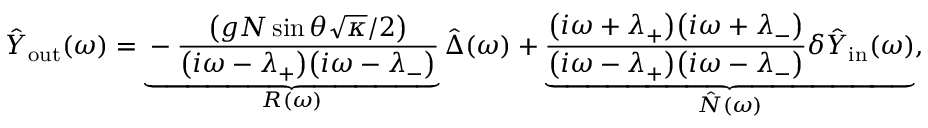
\hat { Y } _ { \mathrm { o u t } } ( \omega ) = \underbrace { - \frac { \big ( g N \sin \theta \sqrt { \kappa } / 2 \big ) } { \big ( i \omega - \lambda _ { + } \big ) \big ( i \omega - \lambda _ { - } \big ) } } _ { R ( \omega ) } \hat { \Delta } ( \omega ) + \underbrace { \frac { \big ( i \omega + \lambda _ { + } \big ) \big ( i \omega + \lambda _ { - } \big ) } { \big ( i \omega - \lambda _ { + } \big ) \big ( i \omega - \lambda _ { - } \big ) } \delta \hat { Y } _ { \mathrm { i n } } ( \omega ) } _ { \hat { N } ( \omega ) } ,